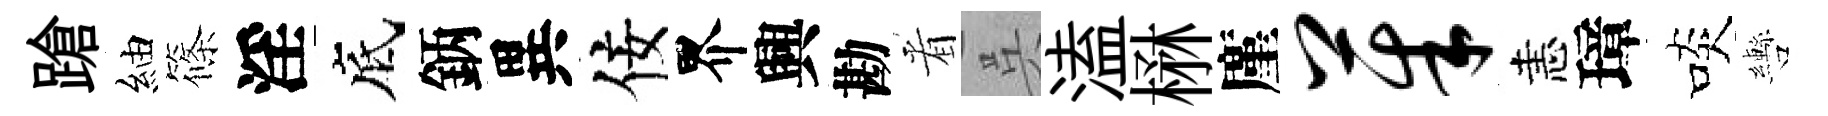
蹌紬篠淫底鈵異佞界興勘㸔呉溘楙廑茱恚璋啖轡